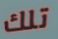
تلك